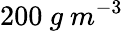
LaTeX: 200\ g\ m^{-3}